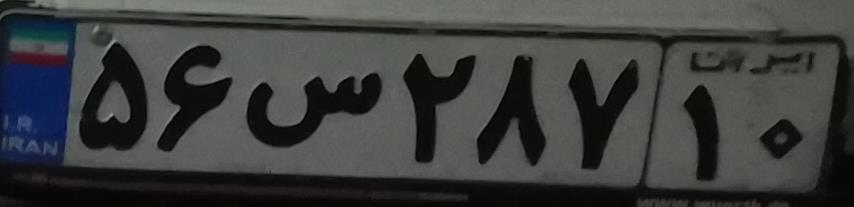
۵۶س۲۸۷۱۰